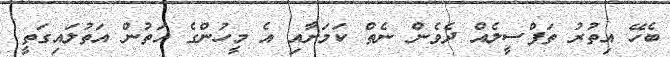
ބެހޭ އިތުރު ތަފްސީލެއް ދެވެން ނެތް ކަމަށާއި އެ މީހުންގެ އަތުން އަތުލައިގަތީ